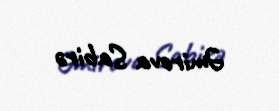
Əmirova Sabirə